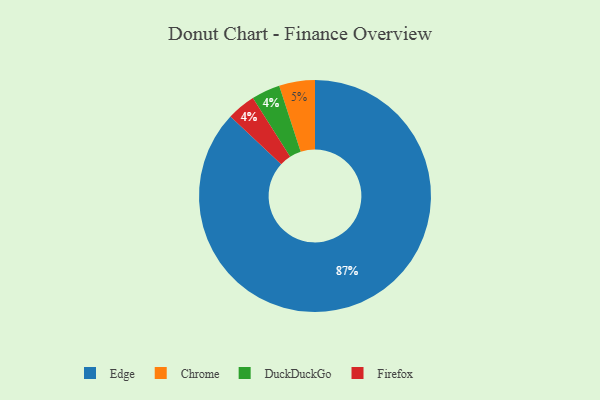
{"axis": {"x": "Category", "y": "Percentage"}, "legend": ["Chrome", "DuckDuckGo", "Edge", "Firefox"], "data": [{"x": "Edge", "y": 87, "type": "Edge"}, {"x": "DuckDuckGo", "y": 4, "type": "DuckDuckGo"}, {"x": "Chrome", "y": 5, "type": "Chrome"}, {"x": "Firefox", "y": 4, "type": "Firefox"}]}